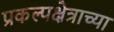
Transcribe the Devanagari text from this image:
प्रकल्पक्षेत्राच्या